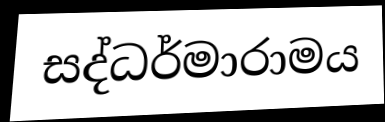
සද්ධර්මාරාමය